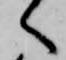
へ